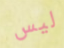
ليس